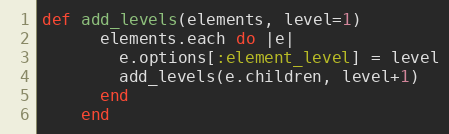
Language: Ruby
def add_levels(elements, level=1)
      elements.each do |e|
        e.options[:element_level] = level
        add_levels(e.children, level+1)
      end
    end